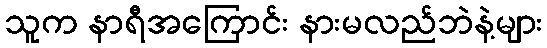
သူက နာရီအကြောင်း နားမလည်ဘဲနဲ့များ